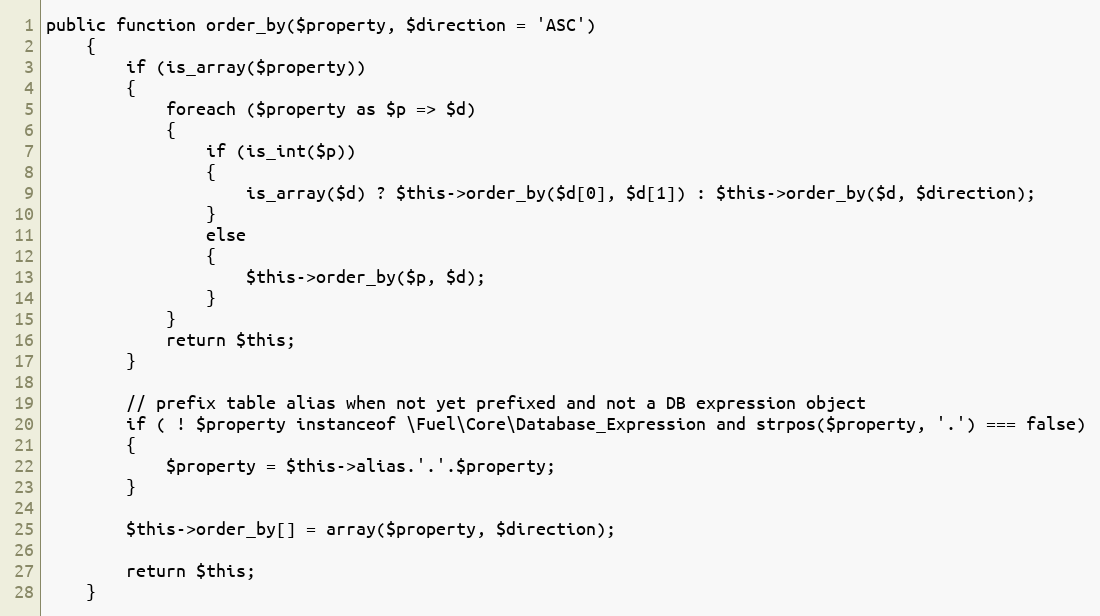
Language: PHP
public function order_by($property, $direction = 'ASC')
	{
		if (is_array($property))
		{
			foreach ($property as $p => $d)
			{
				if (is_int($p))
				{
					is_array($d) ? $this->order_by($d[0], $d[1]) : $this->order_by($d, $direction);
				}
				else
				{
					$this->order_by($p, $d);
				}
			}
			return $this;
		}

		// prefix table alias when not yet prefixed and not a DB expression object
		if ( ! $property instanceof \Fuel\Core\Database_Expression and strpos($property, '.') === false)
		{
			$property = $this->alias.'.'.$property;
		}

		$this->order_by[] = array($property, $direction);

		return $this;
	}